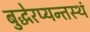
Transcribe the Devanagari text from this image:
बुद्धेरप्यन्तस्थं